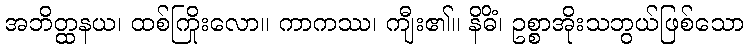
အဘိတ္ထနယ၊ ထစ်ကြိုးလော။ ကာကဿ၊ ကျီး၏။ နိဓိံ၊ ဥစ္စာအိုးသဘွယ်ဖြစ်သော